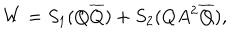
W = S _ { 1 } ( Q \overline { { { Q } } } ) + S _ { 2 } ( Q A ^ { 2 } \overline { { { Q } } } ) ,